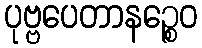
ပုဗ္ဗပေတာနဉ္စေဝ